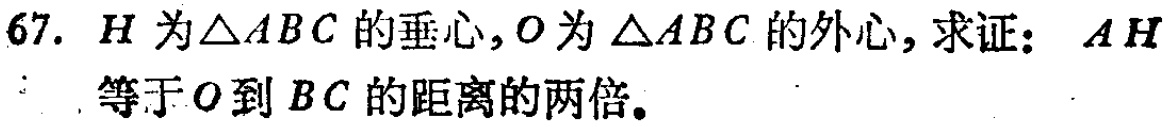
67. \(H\)为\(\triangle ABC\)的垂心，\(O\)为\(\triangle ABC\)的外心，求证：\(AH\)等于\(O\)到\(BC\)的距离的两倍。